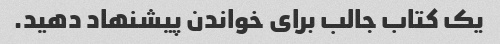
یک کتاب جالب برای خواندن پیشنهاد دهید.